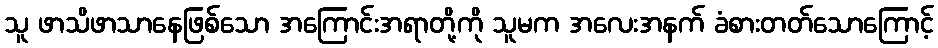
သူ ဖာသိဖာသာနေဖြစ်သော အကြောင်းအရာတို့ကို သူမက အလေးအနက် ခံစားတတ်သောကြောင့်